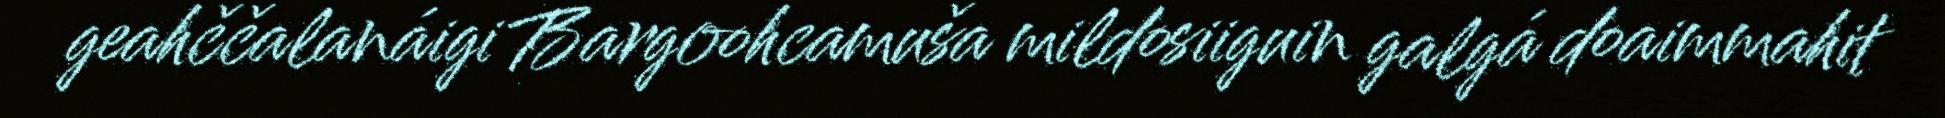
geahččalanáigi Bargoohcamuša mildosiiguin galgá doaimmahit